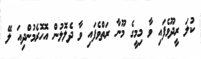
ކުލަ ރީދޫވެފައި ވާ މިމީގެ މޫނާ ރަތްވެފައި ވާ ދެލޮލުން އޮހޮރެމުންދިއަ ލޭ